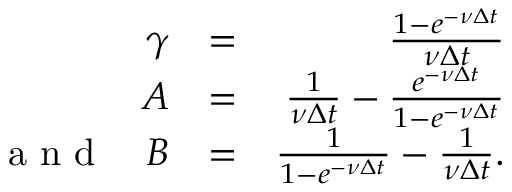
\begin{array} { r l r } { \gamma } & { = } & { \frac { 1 - e ^ { - \nu \Delta t } } { \nu \Delta t } } \\ { A } & { = } & { \frac { 1 } { \nu \Delta t } - \frac { e ^ { - \nu \Delta t } } { 1 - e ^ { - \nu \Delta t } } } \\ { \textrm { a n d } \quad B } & { = } & { \frac { 1 } { 1 - e ^ { - \nu \Delta t } } - \frac { 1 } { \nu \Delta t } . } \end{array}